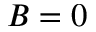
B = 0